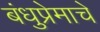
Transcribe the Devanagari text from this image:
बंधुप्रेमाचे